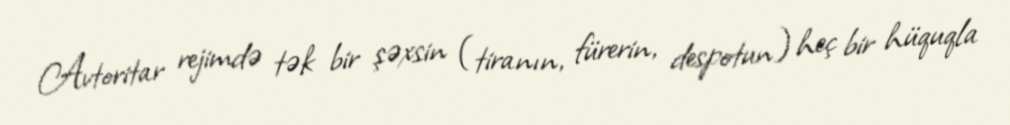
Avtoritar rejimdə tək bir şəxsin (tiranın, fürerin, despotun) heç bir hüquqla